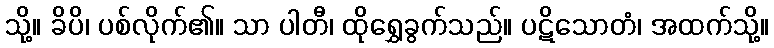
သို့။ ခိပိ၊ ပစ်လိုက်၏။ သာ ပါတီ၊ ထိုရွှေခွက်သည်။ ပဋိသောတံ၊ အထက်သို့။